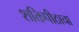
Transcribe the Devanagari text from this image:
शक्तिपीठाचा